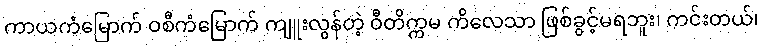
ကာယကံမြောက် ဝစီကံမြောက် ကျူးလွန်တဲ့ ဝီတိက္ကမ ကိလေသာ ဖြစ်ခွင့်မရဘူး၊ ကင်းတယ်၊